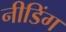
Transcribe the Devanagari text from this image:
नीडिंग